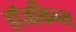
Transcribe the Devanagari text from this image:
हॉजकिन्स